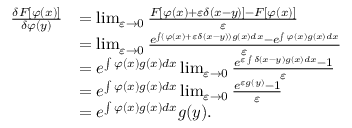
{ \begin{array} { r l } { { \frac { \delta F [ \varphi ( x ) ] } { \delta \varphi ( y ) } } } & { = \operatorname* { l i m } _ { \varepsilon \to 0 } { \frac { F [ \varphi ( x ) + \varepsilon \delta ( x - y ) ] - F [ \varphi ( x ) ] } { \varepsilon } } } \\ & { = \operatorname* { l i m } _ { \varepsilon \to 0 } { \frac { e ^ { \int ( \varphi ( x ) + \varepsilon \delta ( x - y ) ) g ( x ) d x } - e ^ { \int \varphi ( x ) g ( x ) d x } } { \varepsilon } } } \\ & { = e ^ { \int \varphi ( x ) g ( x ) d x } \operatorname* { l i m } _ { \varepsilon \to 0 } { \frac { e ^ { \varepsilon \int \delta ( x - y ) g ( x ) d x } - 1 } { \varepsilon } } } \\ & { = e ^ { \int \varphi ( x ) g ( x ) d x } \operatorname* { l i m } _ { \varepsilon \to 0 } { \frac { e ^ { \varepsilon g ( y ) } - 1 } { \varepsilon } } } \\ & { = e ^ { \int \varphi ( x ) g ( x ) d x } g ( y ) . } \end{array} }